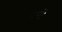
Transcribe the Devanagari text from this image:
शब्दे